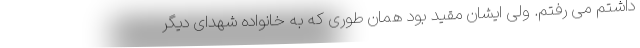
داشتم می رفتم. ولی ایشان مقید بود همان طوری که به خانواده شهدای دیگر